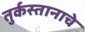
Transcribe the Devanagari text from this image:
तुर्कस्तानाचे